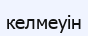
келмеуін